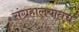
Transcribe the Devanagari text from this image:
संग्रहालयातच